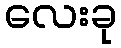
လေးခု